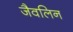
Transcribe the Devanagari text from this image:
जैवलिन